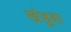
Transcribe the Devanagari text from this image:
खंडूवा